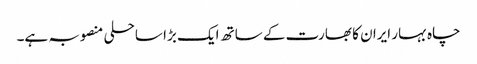
چاہ بہار ایران کا بھارت کے ساتھ ایک بڑا ساحلی منصوبہ ہے۔